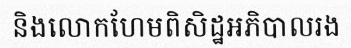
និងលោកហែមពិសិដ្ឋអភិបាលរង